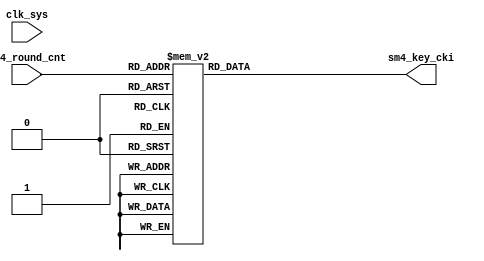
module SM4_KEY_CKI(
    input          clk_sys,
    input  [4:0]   sm4_round_cnt,
    
    output wire [31:0]  sm4_key_cki
);
    
reg [31:0] 	cki_out;

always@(*)
begin
	case(sm4_round_cnt)
		5'b0_0000:	cki_out	 =	32'h00070e15;
		5'b0_0001:	cki_out	 =	32'h1c232a31;
		5'b0_0010:	cki_out	 =	32'h383f464d;
		5'b0_0011:	cki_out	 =	32'h545b6269;
		5'b0_0100:	cki_out	 =	32'h70777e85;
		5'b0_0101:	cki_out	 =	32'h8c939aa1;
		5'b0_0110:	cki_out	 =	32'ha8afb6bd;
		5'b0_0111:	cki_out	 =	32'hc4cbd2d9;
		5'b0_1000:	cki_out	 =	32'he0e7eef5;
		5'b0_1001:	cki_out	 =	32'hfc030a11;
		5'b0_1010:	cki_out	 =	32'h181f262d;
		5'b0_1011:	cki_out	 =	32'h343b4249;
		5'b0_1100:	cki_out	 =	32'h50575e65;
		5'b0_1101:	cki_out	 =	32'h6c737a81;
		5'b0_1110:	cki_out	 =	32'h888f969d;
		5'b0_1111:	cki_out	 =	32'ha4abb2b9;
		5'b1_0000:	cki_out	 =	32'hc0c7ced5;
		5'b1_0001:	cki_out	 =	32'hdce3eaf1;
		5'b1_0010:	cki_out	 =	32'hf8ff060d;
		5'b1_0011:	cki_out	 =	32'h141b2229;
		5'b1_0100:	cki_out	 =	32'h30373e45;
		5'b1_0101:	cki_out	 =	32'h4c535a61;
		5'b1_0110:	cki_out	 =	32'h686f767d;
		5'b1_0111:	cki_out	 =	32'h848b9299;
		5'b1_1000:	cki_out	 =	32'ha0a7aeb5;
		5'b1_1001:	cki_out	 =	32'hbcc3cad1;
		5'b1_1010:	cki_out	 =	32'hd8dfe6ed;
		5'b1_1011:	cki_out	 =	32'hf4fb0209;
		5'b1_1100:	cki_out	 =	32'h10171e25;
		5'b1_1101:	cki_out	 =	32'h2c333a41;
		5'b1_1110:	cki_out	 =	32'h484f565d;
		default:	cki_out	 =	32'h646b7279;  //5'b1_1111
	endcase
end

assign sm4_key_cki = cki_out;

endmodule